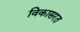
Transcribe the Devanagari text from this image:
विकासरत